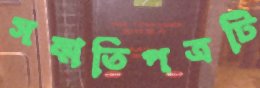
সম্মতিপত্রটি